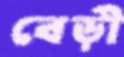
বেড়ী